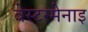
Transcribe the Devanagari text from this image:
वेस्टरमेनाइ